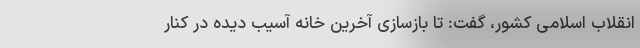
انقلاب اسلامی کشور، گفت: تا بازسازی آخرین خانه آسیب‌ دیده در کنار